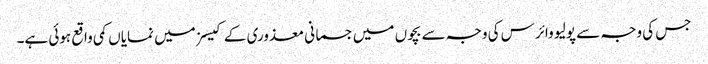
جس کی وجہ سے پولیو وائرس کی وجہ سے بچوں میں جسمانی معذوری کے کیسز میں نمایاں کمی واقع ہوئی ہے۔